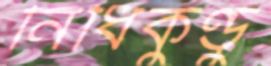
নিধিকুণ্ডু